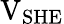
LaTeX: \mathrm{V}_{\mathrm{SHE}}